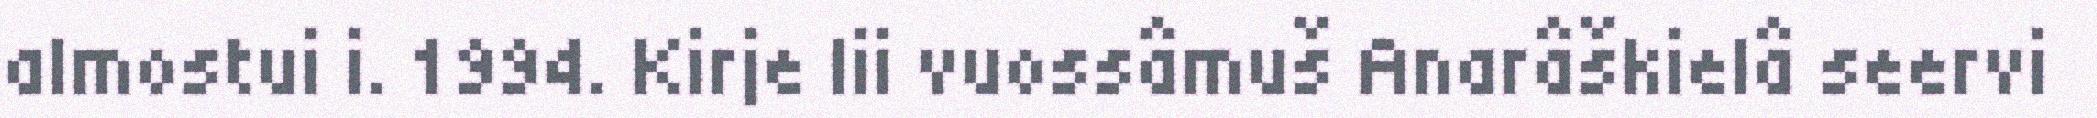
almostui i. 1994. Kirje lii vuossâmuš Anarâškielâ seervi